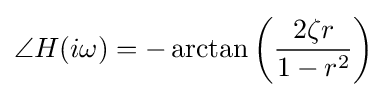
\angle H(i\omega )=-\arctan \left({\frac {2\zeta r}{1-r^{2}}}\right)